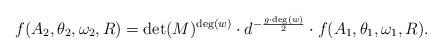
LaTeX: \begin{align*}f(A_2,\theta_2,\omega_2,R)= \det(M)^{\deg(w)}\cdot d^{-\frac{g\cdot \deg(w)}{2}} \cdot f(A_1,\theta_1,\omega_1,R).\end{align*}